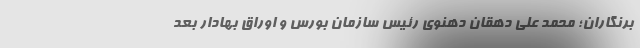
برنگاران؛ محمد علی دهقان دهنوی رئیس سازمان بورس و اوراق بهادار بعد